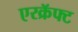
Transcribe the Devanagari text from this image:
एरक्रॅफ्ट